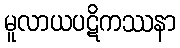
မူလာယပဋိကဿနာ